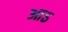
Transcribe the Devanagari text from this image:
आऽ